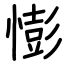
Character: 憉